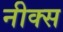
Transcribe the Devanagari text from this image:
नीक्स